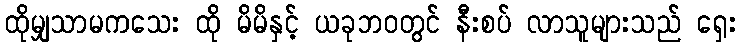
ထိုမျှသာမကသေး ထို မိမိနှင့် ယခုဘဝတွင် နီးစပ် လာသူများသည် ရှေး